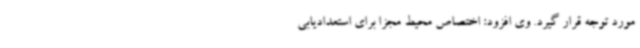
مورد توجه قرار گیرد. وی افزود: اختصاص محیط مجزا برای استعدادیابی